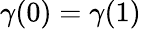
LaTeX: \gamma(0)=\gamma(1)